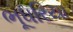
ભૂધરિયા